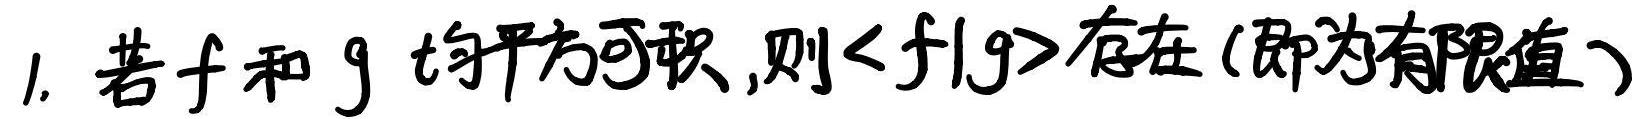
1. 若$f$和$g$均平方可积,则$\langle f|g\rangle$存在(即为有限值)